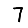
Digit: 7